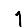
Digit: 1